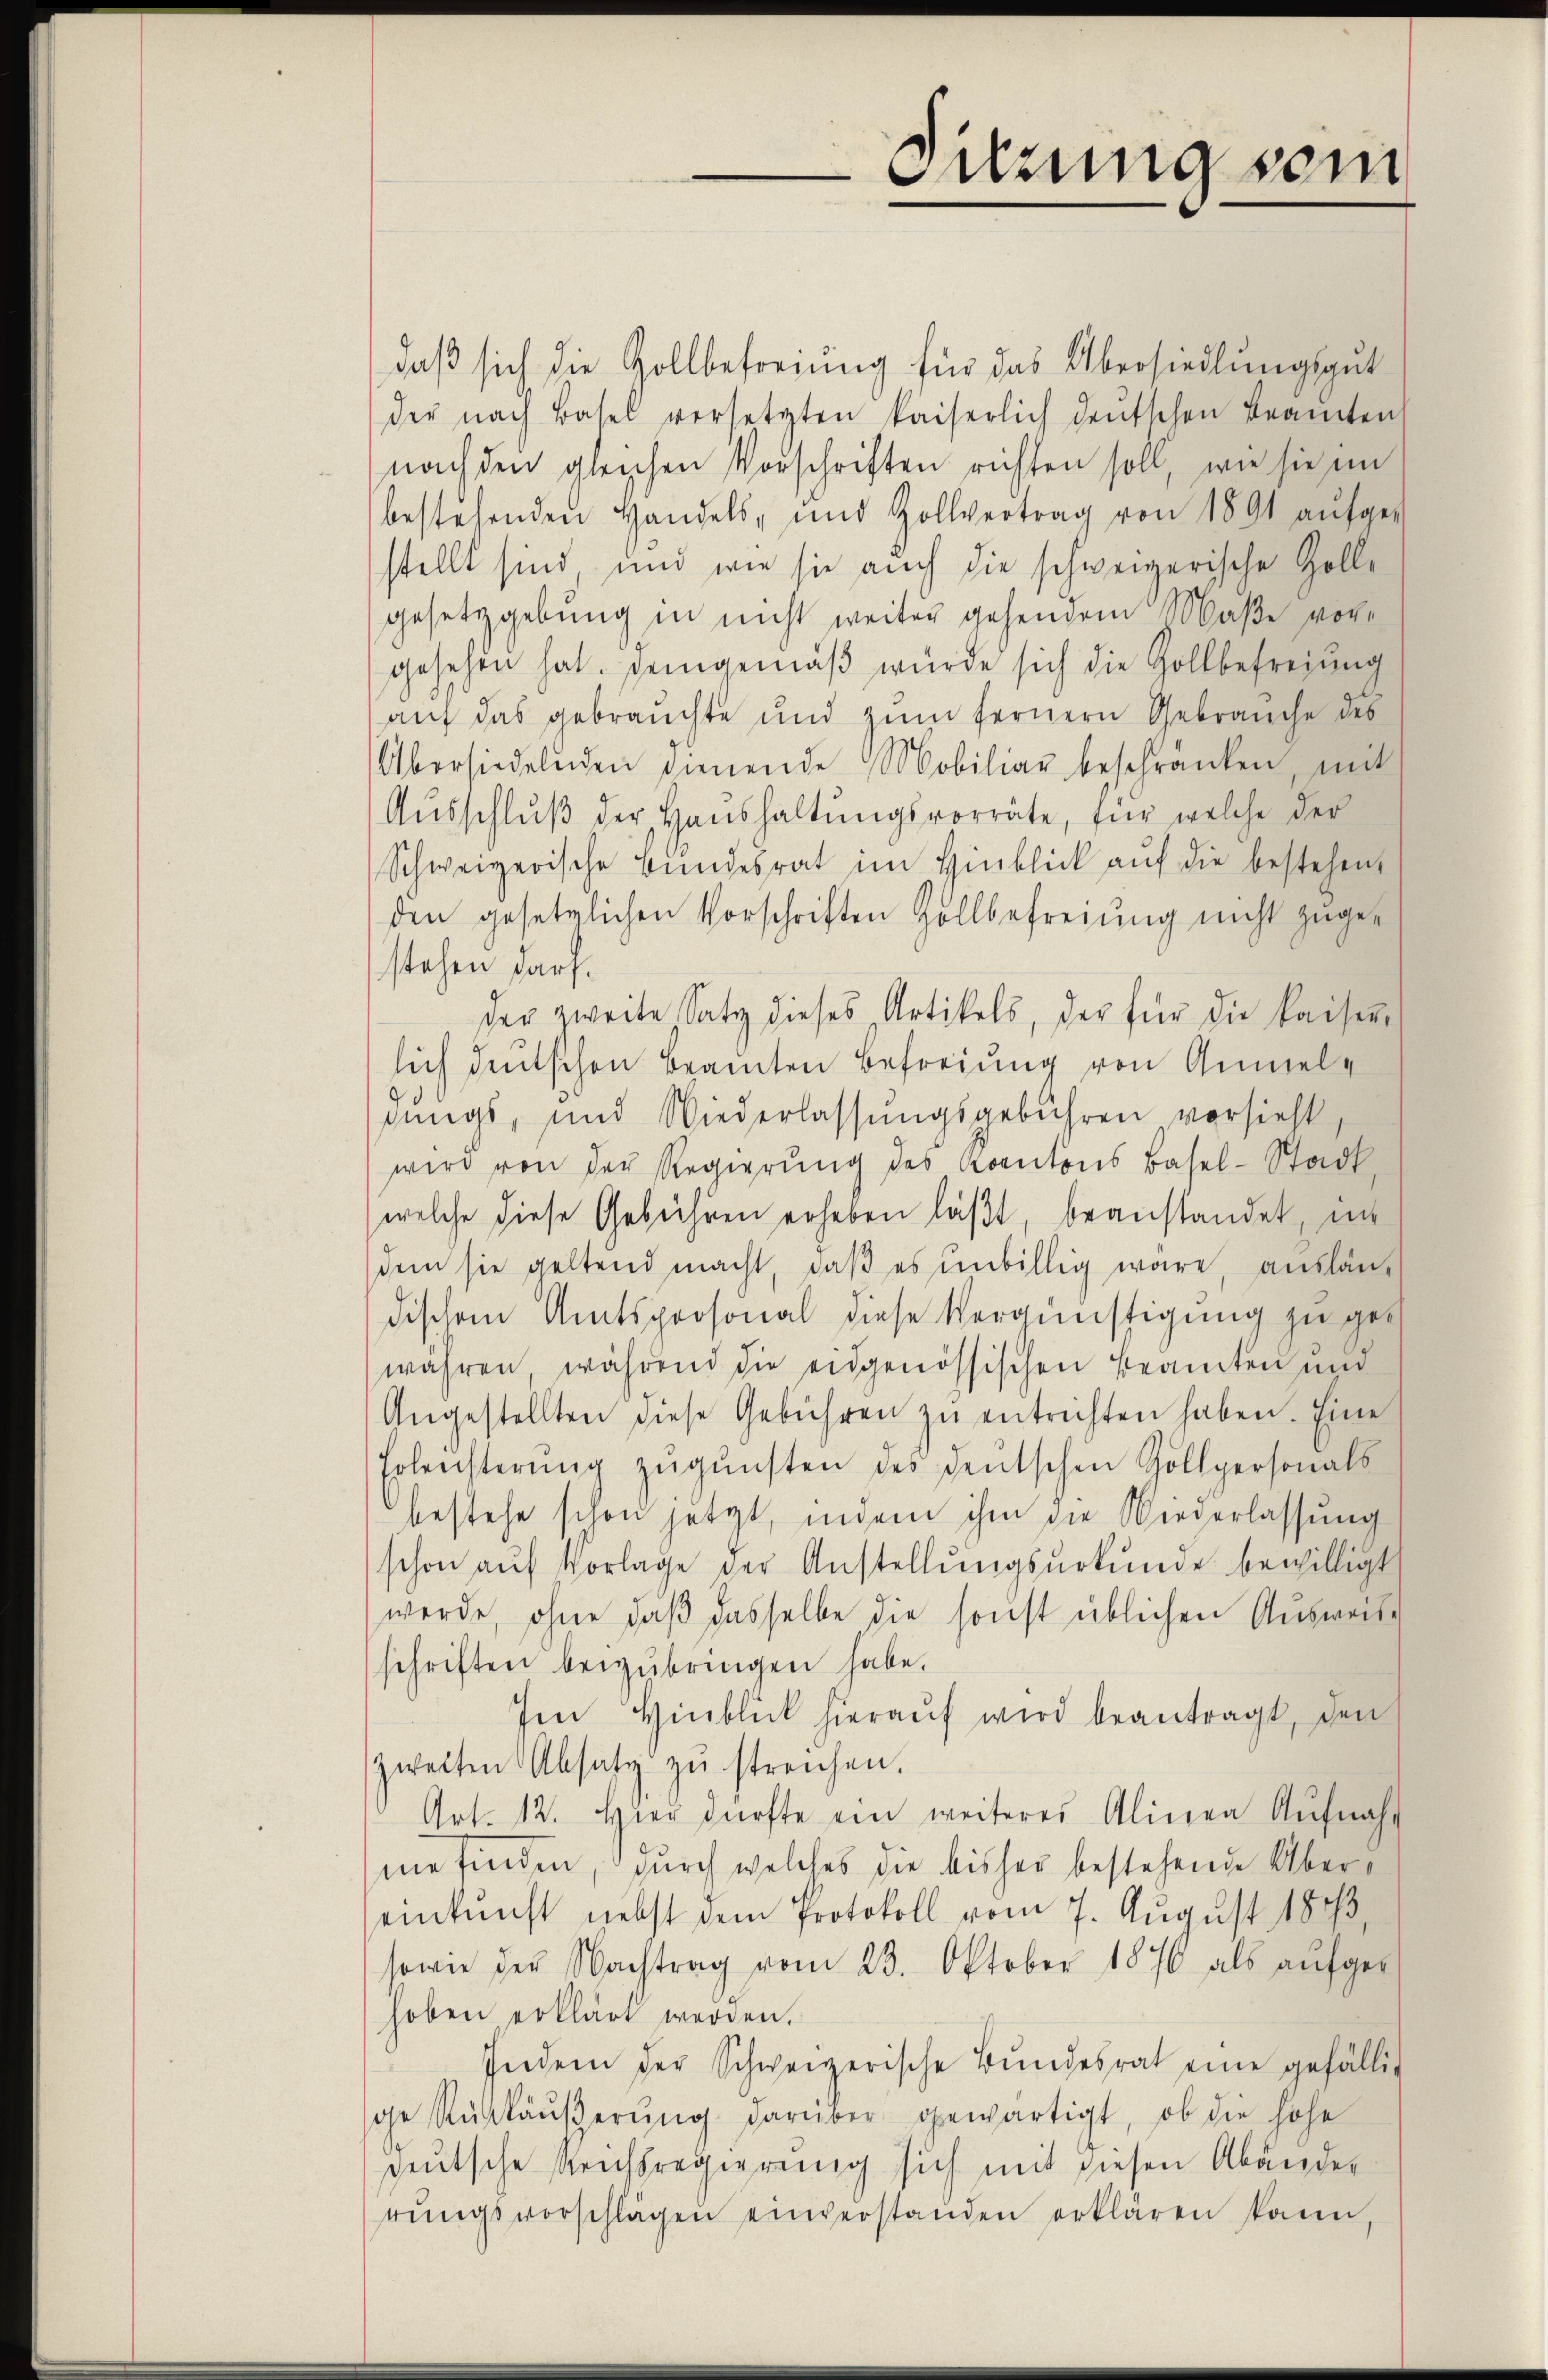
Sitzung sein

daß sich die Zollbefreiung für das Übersiedlungsgut
der nach Basel versetzten kaiserlich deŭtschen Beamten
nach den gleichen Vorschriften richten soll, wie sie im
bestehenden Handels- und Zollvertrag von 1891 aŭfge-
stellt sind, und wie sie auch die schweizerische Zolle
gesetzgebung in nicht weiter gehendem Maße vorgesehen hat. Demgemäβ würde sich die Zollbefreiung
aŭf das gebrauchte und zŭm fernern Gebrauche des
Übersiedelnden dienende Mobiliar beschränken, mit
Aŭsschlŭβ der Haŭshaltŭngsvorräte, für welche der
Schweizerische Bŭndesrat im Hinblick aŭf die bestehen,
den gesetzlichen Vorschriften Hollbefreiung nicht zugestehen darf.
der zweite Satz dieses Artikels, der für die Kaiser-
sich deutschen Beamten Befreiung von Anmelsungs, und Wiederlassŭngsgebühren vorsieht,
wird von der Regierŭng des Kantons Basel-Stadt-
welche diese Gebühren erheben läßt, beanstandet, in
dem sie geltend macht, daβ es unbillig wäre, auslän-
dischem Amtspersonal diese Vergünstigung zu gewähren, während die eidgenössischen Beamten und
Angestellten diese Gebühren zŭ entrichten haben. Eine
Erlensterŭng zŭgŭnsten des deutschen Zollpersonals
bestehe schon jetzt, indem ihm die Niederlassŭng
schon aŭf Vorlage der Anstellŭngsŭrkŭnde bewilligt
werde, ohne daß dasselbe die sonst üblichen Ausweise
schriften beizŭbringen habe.
Im Hinblick hieraŭf wird beantragt, den
zweiten Absatz zŭ streichen.
Art. 12. Hier dürfte ein weiterer Alinea Aŭfnah-
me finden, durch welches die bisher bestehende Übereinkunft nebst dem Protokoll vom 7. August 1873,
sowie der Nachtrag vom 23. Oktober 1876 als aŭfge-
hoben erklärt werden.
Indem der Schweizerische Bŭndesrat eine gefällig
ge Rückäŭβerŭng darüber gewärtigt, ob die hohe
seutsche Reichsregierung sich mit diesen Abänder
rŭngsvorschlägen einverstanden erklären kann,